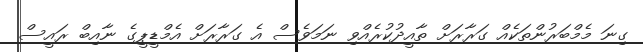
ގިނަ މެމްބަރުންތަކެއް ގަރާރަށް ތާއީދުކުރެއްވި ނަމަވެސް އެ ގަރާރަށް އެމްޑީޕީގެ ނާއިބް ރައީސް